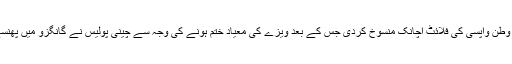
ایئرلائنز نے 29 جولائی کو گانگزو سے وطن واپسی کی فلائٹ اچانک منسوخ کردی جس کے بعد ویزے کی معیاد ختم ہونے کی وجہ سے چینی پولیس نے گانگزو میں پھنسے کچھ پاکستانیوں کو حراست میں لے لیا۔